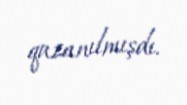
qazanılmışdı.